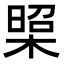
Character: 𭫁